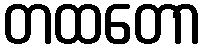
တထတော